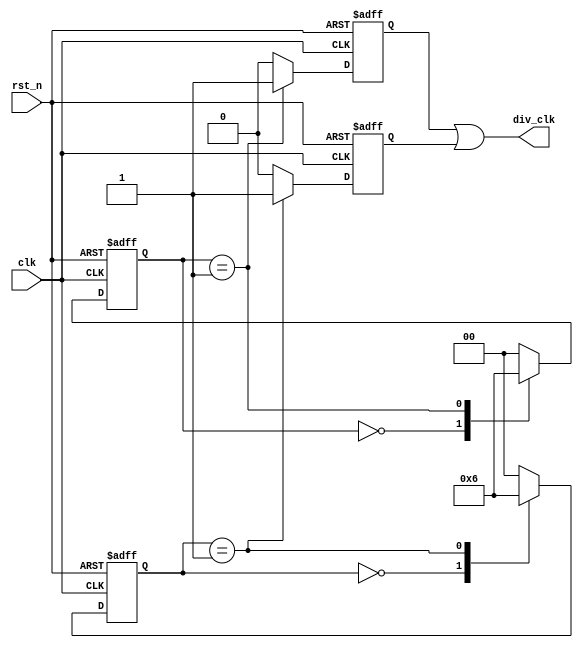
module div3(
    input           clk     ,
    input           rst_n   ,
    output reg      div_clk

);
/*

    1、上升沿，下降沿计数。

*/
///reg     [ 1:0]      cnt_pro;
///reg     [ 1:0]      cnt_neg;
///reg                 div_3_o1;
///reg                 div_3_o2;
///
///
///
///always@(posedge clk or negedge rst_n)begin
///    if(!rst_n)begin
///         cnt_pro <= 'd0;
///    end
///    else begin 
///         if(cnt_pro == 'd2)
///             cnt_pro <= 'd0;
///         else
///             cnt_pro <= cnt_pro + 1'b1;
///    end
///
///end
///
///always@(negedge clk or negedge rst_n)begin
///    if(!rst_n)begin
///         cnt_neg <= 'd0;
///    end
///    else begin 
///         if(cnt_neg == 'd2)
///             cnt_neg <= 'd0;
///         else
///             cnt_neg <= cnt_neg + 1'b1;
///    end
///end
///
///always@(posedge clk or negedge rst_n)begin
///    if(!rst_n)begin
///        div_3_o1 <= 1'b0;
///    end
///    else if(cnt_pro == 'd1)
///        div_3_o1 <= 1'b1;
///    else 
///        div_3_o1 <= 1'b0;
///end
///
///always@(negedge clk or negedge rst_n)begin
///    if(!rst_n)begin
///        div_3_o2 <= 1'b0;
///    end
///    else if(cnt_pro == 'd1)
///        div_3_o2 <= 1'b1;
///    else 
///        div_3_o2 <= 1'b0;
///end
///
///
///assign  div_clk = div_3_o1 | div_3_o2;


/*

    2、状态机
    三分频，一个检测上升沿，一个检测下降沿，发送序列010 010
*/

reg    [ 1:0]    step_a;
reg    [ 1:0]    step_b;
reg              clka;
reg              clkb;

always@(posedge clk or negedge rst_n)begin
    if(!rst_n)begin
        step_a <= 2'b00;
        clka   <= 1'b0;
    end
    else begin
        case(step_a)
            2'b00:begin     
                clka   <= 1'b0;
                step_a <= 2'b01;
            end
            2'b01:begin     
                clka   <= 1'b1;
                step_a <= 2'b10;
            end
            2'b10:begin     
                clka   <= 1'b0;
                step_a <= 2'b00;
            end
            default:begin
                clka   <= 1'b0;
                step_a <= 2'b00;
            end
        endcase
    end
end

always@(negedge clk or negedge rst_n)begin
    if(!rst_n)begin
        step_b <= 2'b00;
        clkb   <= 1'b0;
    end
    else begin
        case(step_b)
            2'b00:begin     
                clkb   <= 1'b0;
                step_b <= 2'b01;
            end
            2'b01:begin     
                clkb   <= 1'b1;
                step_b <= 2'b10;
            end
            2'b10:begin   
                clkb   <= 1'b0;            
                step_b <= 2'b00;
            end
            default:begin
                clkb   <= 1'b0;
                step_b <= 2'b00;
            end
        endcase
    end
end

assign  div_clk = clka | clkb;

/*
    状态机
    占空比1:2 
*/

//parameter[1:0]  S0=2'd0,
//
//               S1=2'd1,
//
//               S2=2'd2;
//
//reg[1:0] state,next_state;
//
//always @ (posedge clk or negedge rst_n)
//
//    begin
//
//     if(!rst_n)
//
//           state<=S0;
//
//      else    
//
//          state<=next_state;
//
//    end
//
//always @ (state)
//
//    begin
//
//    //default values
//
//     next_state=S0;
//
//    case (state)
//
//    S0:
//
//        begin
//
//           next_state=S1;
//
//          div_clk=0;
//
//        end
//
//   S1:
//
//        begin
//
//          next_state=S2;
//
//          div_clk=0;
//
//       end
//
//   S2:
//
//        begin
//
//          next_state=S0;
//
//          div_clk=1;
//
//       end
//
//   endcase
//
//   end



endmodule